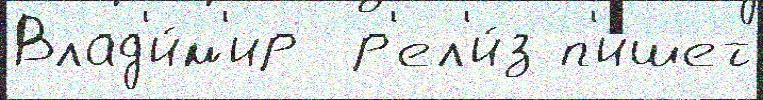
Влад'и́м'ир  р'ел'и́з п'и́шет